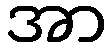
အာ